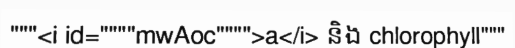
"""<i id=""""mwAoc"""">a</i> និង chlorophyll"""